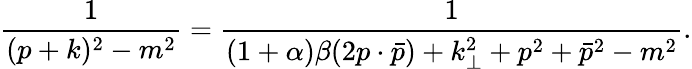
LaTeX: \frac{1}{(p+k)^{2}-m^{2}}=\frac{1}{(1+\alpha)\beta(2p\cdot\bar{p})+k_{\perp}^{2}+p^{2}+\bar{p}^{2}-m^{2}}.